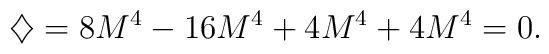
\diamondsuit = 8 M^4 - 16 M^4 + 4 M^4 + 4 M^4 = 0 .